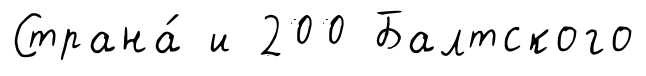
Страна́ и 200 Балтского